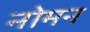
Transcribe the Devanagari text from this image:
नोमन